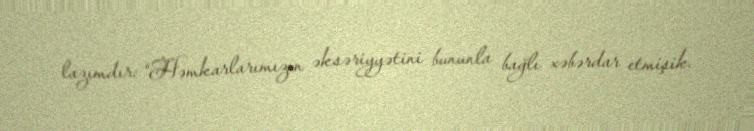
lazımdır: “Həmkarlarımızın əksəriyyətini bununla bağlı xəbərdar etmişik.